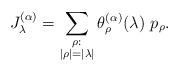
LaTeX: \begin{align*}J_\lambda^{(\alpha)}=\sum_{\substack{\rho: \\|\rho|=|\lambda|}} \theta_{\rho}^{(\alpha)}(\lambda)\ p_{\rho}.\end{align*}